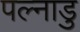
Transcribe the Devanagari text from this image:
पल्नाडु